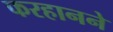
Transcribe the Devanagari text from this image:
फरहानने